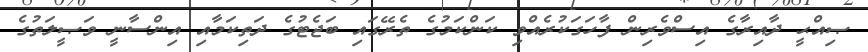
ޞިއްޙީ ދާއިރާގެ އިސްވެރިން ފާހަގަކުރެއްވި ކަންކަމުގެ ތެރޭގައި ބަޖެޓުގެ ދަތިކަމާއި އިންސާނީ ވަޞީލަތުގެ